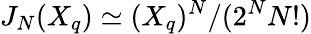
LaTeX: J_{N}(X_{q})\simeq(X_{q})^{N}/(2^{N}{N!})